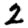
Digit: 2